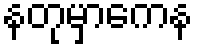
နတုမှာကေန